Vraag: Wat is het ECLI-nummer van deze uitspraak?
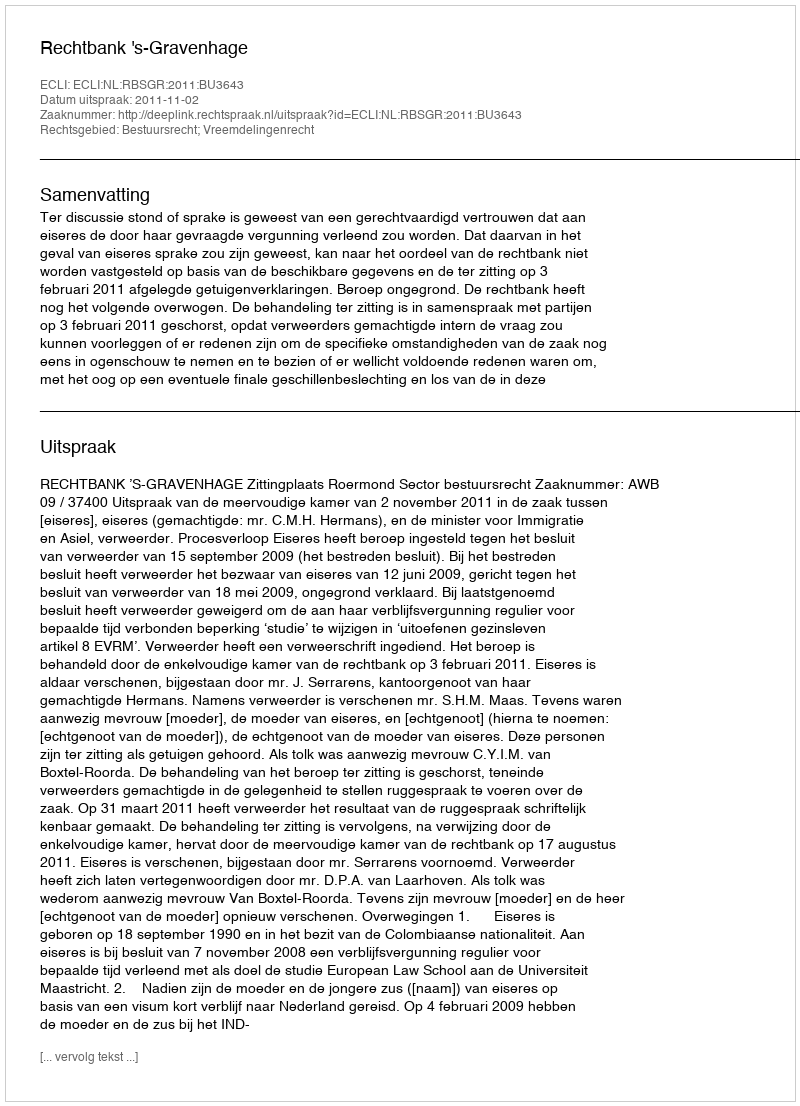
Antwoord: ECLI:NL:RBSGR:2011:BU3643